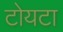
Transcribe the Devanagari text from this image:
टोयटा